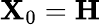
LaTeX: \boldsymbol{\textbf{X}}_{0}={\boldsymbol{\textbf{H}}}